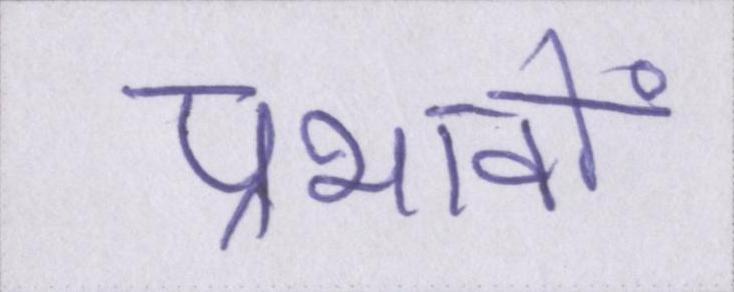
प्रभावों